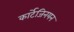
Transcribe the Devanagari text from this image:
कार्टेजिनयन